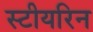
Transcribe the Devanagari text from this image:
स्टीयरिन